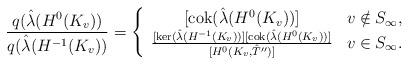
LaTeX: \begin{align*}\frac{q(\hat{\lambda}(H^0(K_v))}{q(\hat{\lambda}(H^{-1}(K_v))}=\left\{ \begin{array}{cl}{[\mathrm{cok}(\hat{\lambda}(H^{0}(K_v))]} & \mbox{$v\notin S_{\infty}$, }\\\frac{[\ker(\hat{\lambda}(H^{-1}(K_v))][\mathrm{cok}(\hat{\lambda}(H^{0}(K_v))]}{[H^0(K_v,\hat{T}'')]} & \mbox{$v\in S_{\infty}$. }\end{array}\right.\end{align*}